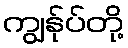
ကျွန်ုပ်တို့